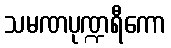
သမဏပုဏ္ဍရီကော